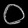
Digit: ၀